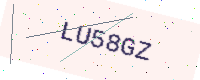
Text: LU58GZ